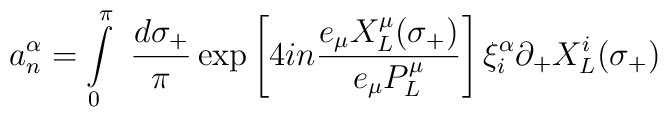
a^{\alpha}_{n}=\int\limits_{0}^{\pi}~\frac{d\sigma_{+}}{\pi}              \exp\left[4in\frac{e_{\mu}          X^{\mu}_{L}(\sigma_{+})}{e_{\mu}P^{\mu}_{L}}\right]	     \xi^{\alpha}_{i}\partial_{+}X^{i}_{L}(\sigma_{+})